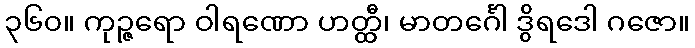
၃၆၀။ ကုဉ္ဇရော ဝါရဏော ဟတ္ထီ၊ မာတင်္ဂေါ ဒွိရဒေါ ဂဇော။